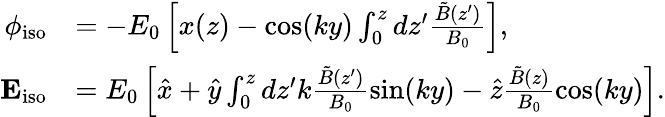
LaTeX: \begin{array}{rl}{\phi_{\mathrm{iso}}}&{=-E_{0}\left[x(z)-\cos(ky)\int_{0}^{z}dz^{\prime}\frac{\tilde{B}(z^{\prime})}{B_{0}}\right],}\\ {\mathbf{E}_{\mathrm{iso}}}&{=E_{0}\left[\hat{x}+\hat{y}\int_{0}^{z}dz^{\prime}k\frac{\tilde{B}(z^{\prime})}{B_{0}}\sin(ky)-\hat{z}\frac{\tilde{B}(z)}{B_{0}}\cos(ky)\right].}\end{array}